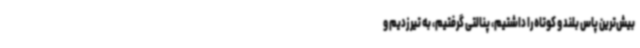
بیش‌ترین پاس بلند و کوتاه را داشتیم، پنالتی گرفتیم، به تیر زدیم و